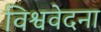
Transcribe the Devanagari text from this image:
विश्ववेदना